Civil Veterinary Dept. Bombay admin report 1907-1913 - 1907-1913
Year: 1907
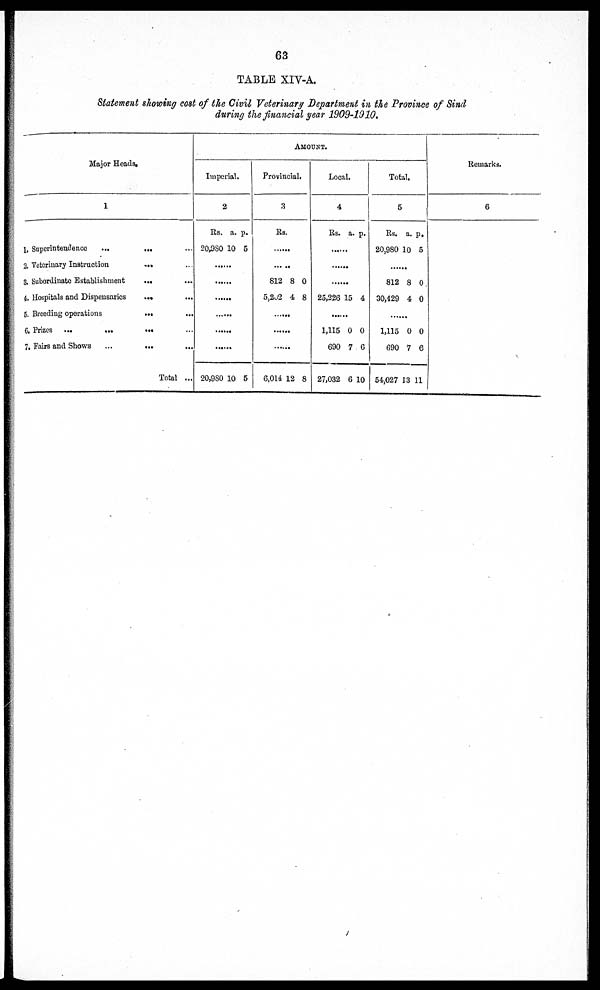
63
TABLE XIV-A.
Statement showing cost of the Civil Veterinary Department in the Province of Sind
during the financial gear 1909-1910.
Major Heads.
1
Superintendence
...
...
...
Veterinary Instruction ...
...
Subordinate Establishment
... ...
Hospitals and Dispensaries
...
...
Breeding operations
...
...
Prizes ...
...
...
...
Fairs and Shows
...
...
...
Total ...
AMOUNT.
Imperial.
2
Rs.
20,980
......
......
......
......
......
.....
20,980
a.
10
10
p.
5
5
Provincial.
3
Rs.
......
812
5,202
......
......
......
6,014
8
4
12
0
8
8
Local.
4
Rs.
.....
......
......
25,226
......
1,115
690
27,032
a.
15
0
7
6
p.
4
0
6
10
Total.
5
Rs.
20,980 1
......
812
30,429
......
1,115
690
54,027
a.
0
8
4
0
7
13
p.
5
0
0
0
6
11
Remarks.
6